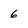
Character: 6